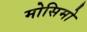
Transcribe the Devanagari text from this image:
मोसिमो